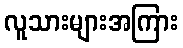
လူသားများအကြား